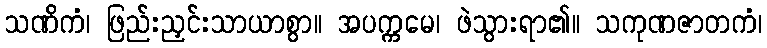
သဏိကံ၊ ဖြည်းညှင်းသာယာစွာ။ အပက္ကမေ၊ ဖဲသွားရာ၏။ သကုဏဇာတကံ၊